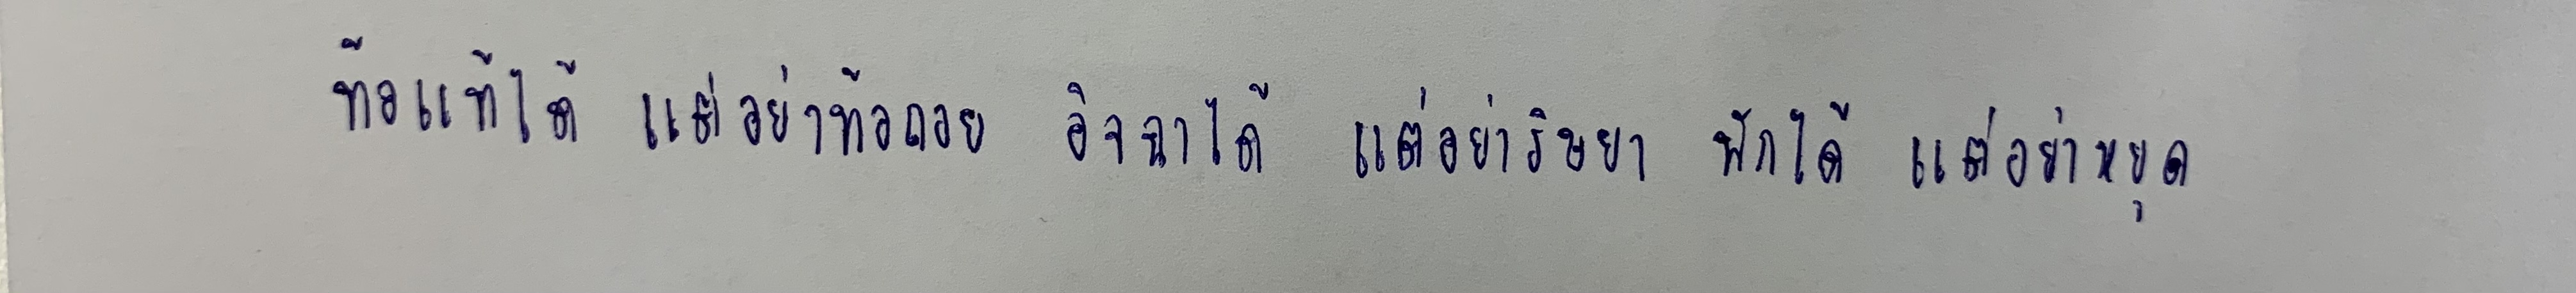
ท้อแท้ได้ แต่อย่าท้อถอย อิจฉาได้ แต่อย่าริษยา พักได้ แต่อย่าหยุด